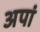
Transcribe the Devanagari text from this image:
अपां